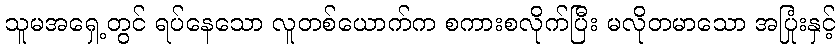
သူမအရှေ့တွင် ရပ်နေသော လူတစ်ယောက်က စကားစလိုက်ပြီး မလိုတမာသော အပြုံးနှင့်